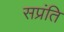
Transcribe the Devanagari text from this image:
सप्रंति